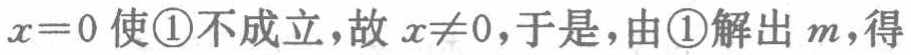
$x = 0$ 使\textcircled{1}不成立，故 $x\neq0$，于是，由\textcircled{1}解出 $m$，得